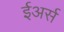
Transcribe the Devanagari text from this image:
ईअर्स